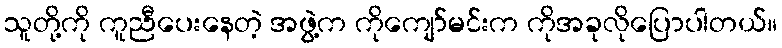
သူတို့ကို ကူညီပေးနေတဲ့ အဖွဲ့က ကိုကျော်မင်းက ကိုအခုလိုပြောပါတယ်။